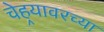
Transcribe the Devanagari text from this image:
चेहर्‍यावरच्या